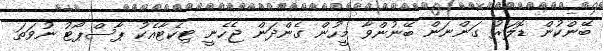
ބޭންކުން ޑޮލަރު ގަންނަން ބޭނުންވާ މީހުން ގެންދަން ޖެހެނީ ޓިކެޓާއެކު ޕާސްޕޯޓު ނުވަތަ